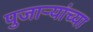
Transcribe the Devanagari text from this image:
पुजाऱ्यांच्या